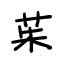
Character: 茱